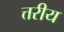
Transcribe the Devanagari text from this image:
त्तरीय